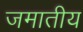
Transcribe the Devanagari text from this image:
जमातीय